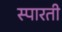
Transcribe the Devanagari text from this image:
स्पारती